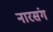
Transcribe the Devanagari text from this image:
नारसंग